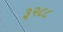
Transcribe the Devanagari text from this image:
३२८८